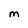
Character: M